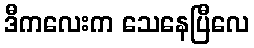
ဒီကလေးက သေနေပြီလေ